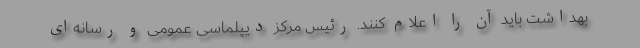
بهداشت باید آن را اعلام کنند. رئیس مرکز دیپلماسی عمومی و رسانه‌ای